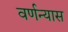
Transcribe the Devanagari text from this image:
वर्णन्यास